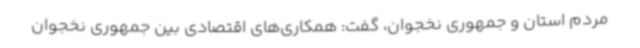
مردم استان و جمهوری نخجوان، گفت: همکاری‌های اقتصادی بین جمهوری نخجوان